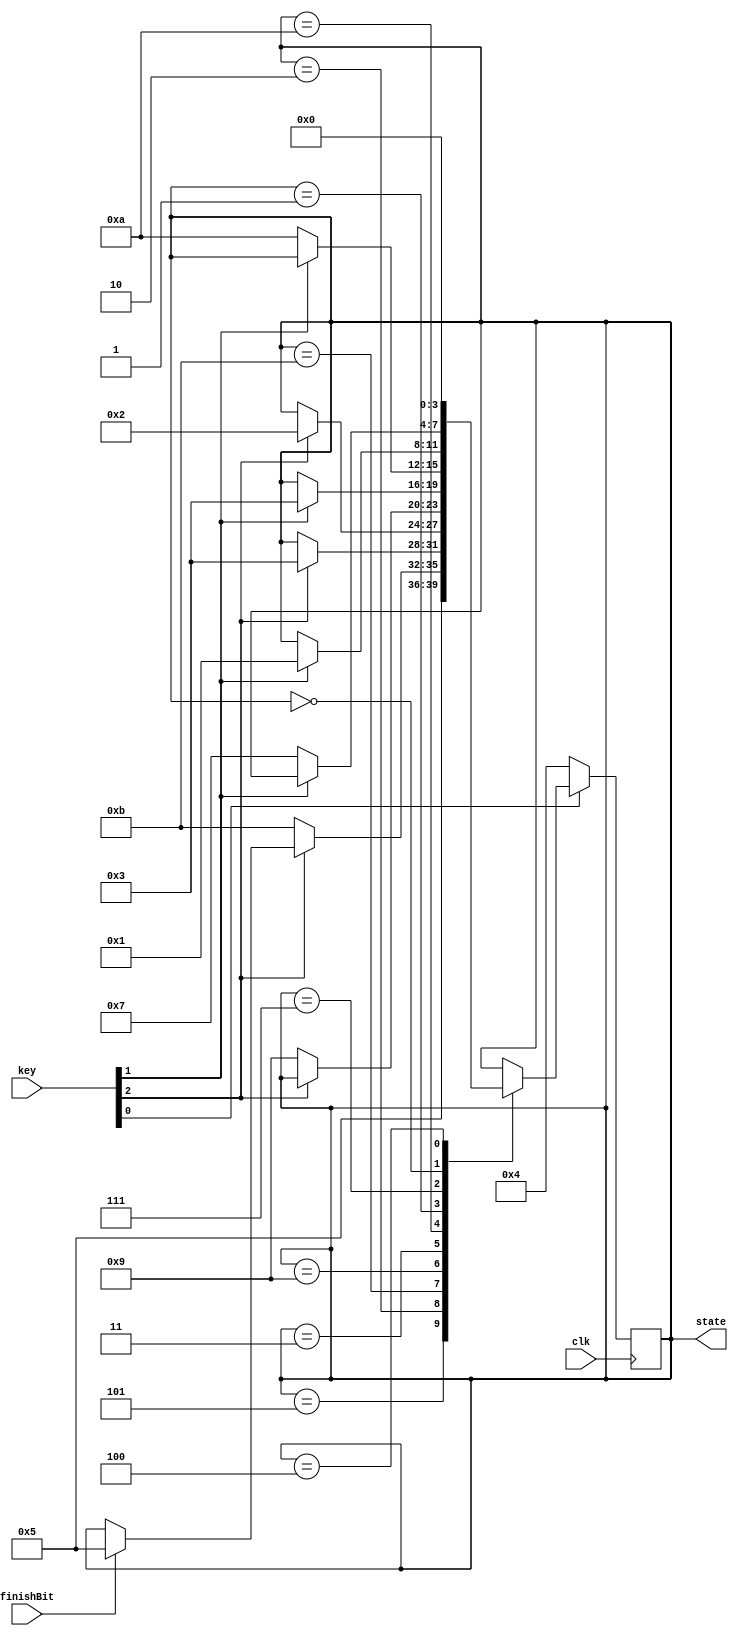
// Yoel Ivan (yivan3@gatech.edu), Wenduo Yang(wyang73@gatech.edu)

module TimerController(state, key, clk, finishBit);

	parameter [3:0]	RESET		= 4'b0100,	// 4
					SET_SEC 	= 4'b0000,	// 0
					SET_MIN		= 4'b0001,	// 1
					READY		= 4'b0011, 	// 3
					TIMER		= 4'b0010,	// 2
					FLASH		= 4'b0101,	// 5
					SEC_MIN 	= 4'b0111,	// 7
					READY_TIMER	= 4'b1001,
					TIMER_READY	= 4'b1011,
					MIN_READY	= 4'b1010;
						
	input [2:0] key;
	input clk, finishBit;
	
	output [3:0] state;
	
	reg [3:0] state;
	
	// apparently KEY are inversed,
	// KEY == 1 if not pressed
	// KEY == 0 if pressed
	always@(posedge clk) begin
		case (state)
			FLASH:
				state <= FLASH;	// need to at 0.5sec delay before it moves to next state
			TIMER:
				if (~key[2])
					state <= TIMER_READY;
				else if (finishBit)
					state <= FLASH;  // change this so that it moves to FLASH_ON only after timer ran out
			TIMER_READY:
				if (key[2])
					state <= READY;
			READY_TIMER:
				if (key[2])
					state <= TIMER;
			READY:
				if (~key[2])
					state <= READY_TIMER;
			MIN_READY:
				if (key[1])
					state <= READY;
			SET_MIN:
				if (~key[1])
					state <= MIN_READY;
			SEC_MIN:
				if (key[1])
					state <= SET_MIN;
			SET_SEC:
				if (~key[1])
					state <= SEC_MIN;
			RESET:
				if (key[0])
					state <= SET_SEC;
		endcase
		if (!key[0])	// Highest priority
			state <= RESET;
	end
	
endmodule